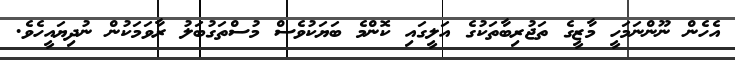
އެހެން ނޫންނަމަހީ މާޒީގެ ތަޖުރިބާތަކުގެ އަލީގައި ކޮންމެ ބަޔަކުވެސް މުސްތަގުބަލު ރާވަމަކުން ނުދިޔައީހެވެ.